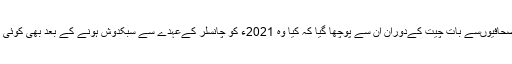
خبر رساں اداروں کے مطابق برلن میں صحافیوں‌سے بات چیت کےدوران ان سے پوچھا گیا کہ کیا وہ 2021ء کو چانسلر کےعہدے سے سبکدوش ہونے کے بعد بھی کوئی عہدہ اپنے پاس رکھنے کی خواہاں ہوگی؟